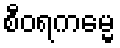
စီဝရကမ္မေ